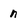
Character: n